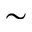
\sim